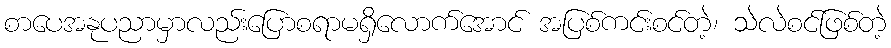
စာပေအနုပညာမှာလည်းပြောစရာမရှိလောက်အောင် အပြစ်ကင်းစင်တဲ့၊ သဲလဲစင်ဖြစ်တဲ့